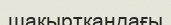
шақыртқандағы